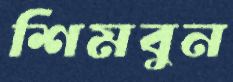
শিমবুন